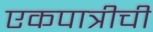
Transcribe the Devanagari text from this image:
एकपात्रीची